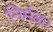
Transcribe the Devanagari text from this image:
निर्मळ।